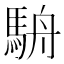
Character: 𩢸